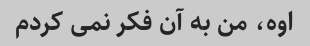
اوه، من به آن فکر نمی کردم